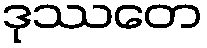
ဒုဿတေ